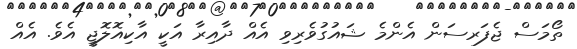
ތޯމަސް ޖެފަރސަން އެންމެ ޝައުގުވެރިވި އެއް ދާއިރާ އަކީ އާކިއޮލޮޖީ އެވެ. އެއް